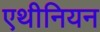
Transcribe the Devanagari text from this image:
एथीनियन